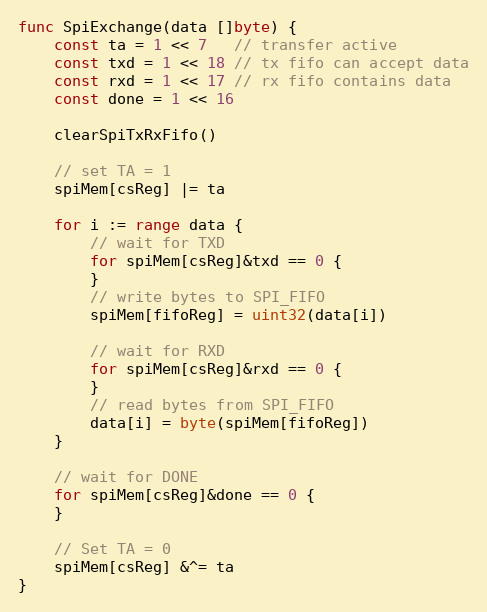
Language: Go
func SpiExchange(data []byte) {
	const ta = 1 << 7   // transfer active
	const txd = 1 << 18 // tx fifo can accept data
	const rxd = 1 << 17 // rx fifo contains data
	const done = 1 << 16

	clearSpiTxRxFifo()

	// set TA = 1
	spiMem[csReg] |= ta

	for i := range data {
		// wait for TXD
		for spiMem[csReg]&txd == 0 {
		}
		// write bytes to SPI_FIFO
		spiMem[fifoReg] = uint32(data[i])

		// wait for RXD
		for spiMem[csReg]&rxd == 0 {
		}
		// read bytes from SPI_FIFO
		data[i] = byte(spiMem[fifoReg])
	}

	// wait for DONE
	for spiMem[csReg]&done == 0 {
	}

	// Set TA = 0
	spiMem[csReg] &^= ta
}